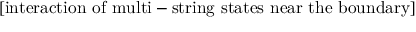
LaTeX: \mathrm { [ i n t e r a c t i o n ~ o f ~ m u l t i - s t r i n g ~ s t a t e s ~ n e a r ~ t h e ~ b o u n d a r y ] }